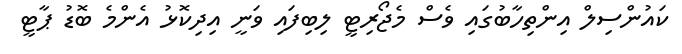
ކައުންސިލް އިންތިހާބުގައި ވެސް މެޖޯރިޓީ ލިބިފައި ވަނީ އިދިކޮޅު އެންމެ ބޮޑު ޕާޓީ